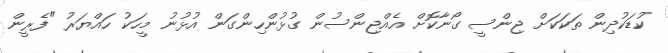
ކުޑަކުދިން ތަކަކަށް ޖިންސީ ގޯނާކޮށް އެއްޖިންސުން ގުޅުންހިންގަން އުޅުނު މީހަކު ހައްޔަރު "ފެރީން